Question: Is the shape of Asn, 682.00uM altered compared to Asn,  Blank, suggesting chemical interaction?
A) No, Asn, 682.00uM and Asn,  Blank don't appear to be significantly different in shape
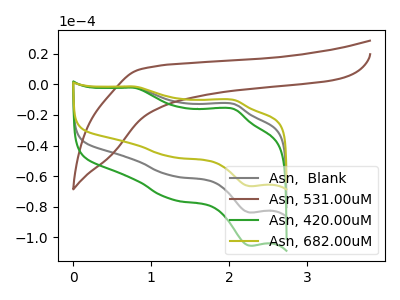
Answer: <think>The gray curve "Asn,  Blank" has anodic peaks at (0.80V, -1.75uA) (2.05V, -12.70uA) and cathodic peaks at (1.25V, -59.60uA) (2.30V, -83.95uA). The brown curve "Asn, 531.00uM" has no peaks. The green curve "Asn, 420.00uM" has anodic peaks at (0.80V, -3.50uA) (2.05V, -25.45uA) and cathodic peaks at (1.25V, -119.25uA) (2.30V, -167.90uA). The olive curve "Asn, 682.00uM" has anodic peaks at (0.80V, -1.40uA) (2.05V, -10.10uA) and cathodic peaks at (1.25V, -47.35uA) (2.30V, -66.65uA).
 All the peaks in "Asn, 682.00uM" have a peak in "Asn,  Blank" at the same potential.</think>
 <answer>A) No, "Asn, 682.00uM" and "Asn,  Blank" don't appear to be significantly different in shape</answer>
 <eval>A</eval>